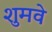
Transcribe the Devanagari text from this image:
शुमवे